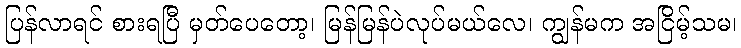
ပြန်လာရင် စားရပြီ မှတ်ပေတော့၊ မြန်မြန်ပဲလုပ်မယ်လေ၊ ကျွန်မက အငြိမ့်သမ၊